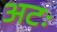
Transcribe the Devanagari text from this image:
अटः